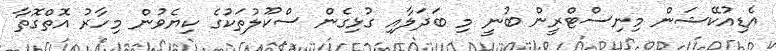
އެޑިއުކޭޝަން މިނިސްޓްރީން ބުނީ މި ބަދަލާއި ގުޅިގެން ސްކޫލުތަކުގެ ކިޔެވުން މިހާރު އޮތްގޮތާ